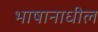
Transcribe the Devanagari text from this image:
भाषानाधील